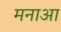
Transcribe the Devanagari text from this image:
मनाआ